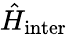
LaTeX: \hat{H}_{\mathrm{inter}}